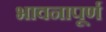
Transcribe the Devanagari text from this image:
भावनापूर्ण